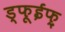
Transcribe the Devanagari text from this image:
ड्फूईफ़़्